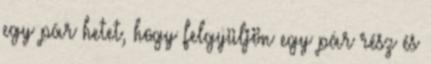
egy pár hetet, hogy felgyüljön egy pár rész és